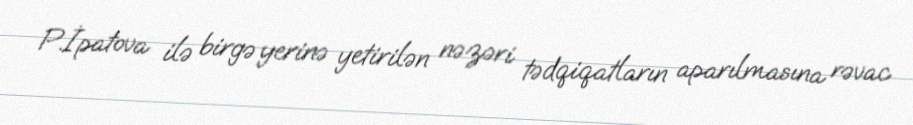
P.İpatova ilə birgə yerinə yetirilən nəzəri tədqiqatların aparılmasına rəvac